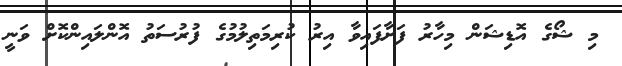
މި ޝޯގެ އޮޑިޝަން މިހާރު ފަށާފައިވާ އިރު ކުރިމަތިލުމުގެ ފުރުސަތު އޮންލައިންކޮށް ވަނީ